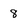
Character: 8